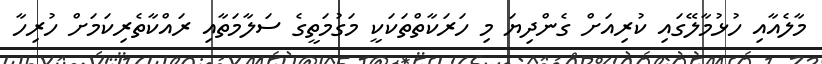
މާލެއާއި ހުޅުމާލޭގައި ކުރިއަށް ގެންދިޔަ މި ހަރަކާތްތަކަކީ މަގުމަތީގެ ސަލާމަތާއި ރައްކާތެރިކަމަށް ހުރިހާ